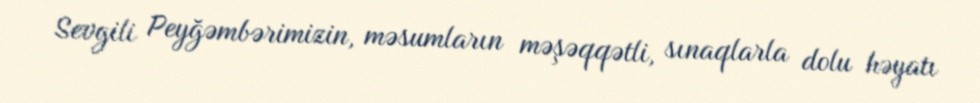
Sevgili Peyğəmbərimizin, məsumların məşəqqətli, sınaqlarla dolu həyatı